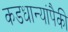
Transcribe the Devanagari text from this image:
कडधान्यांपैकी